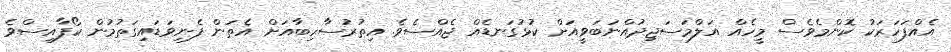
އެއްފަހަރަކު ކޮންމެވެސް މީހެއް އަލްމަސަޖިދުއްނަބަވީއަށް ކުޅުގަނޑެއް ޖެއްސެވެ. އިތުރުސާހިބާއަށް އެތަން ފެނިވަޑައިގަތުމުން ކޯފާއިސްވެ